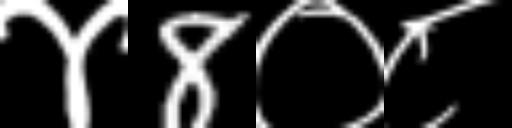
Text: ४8०८